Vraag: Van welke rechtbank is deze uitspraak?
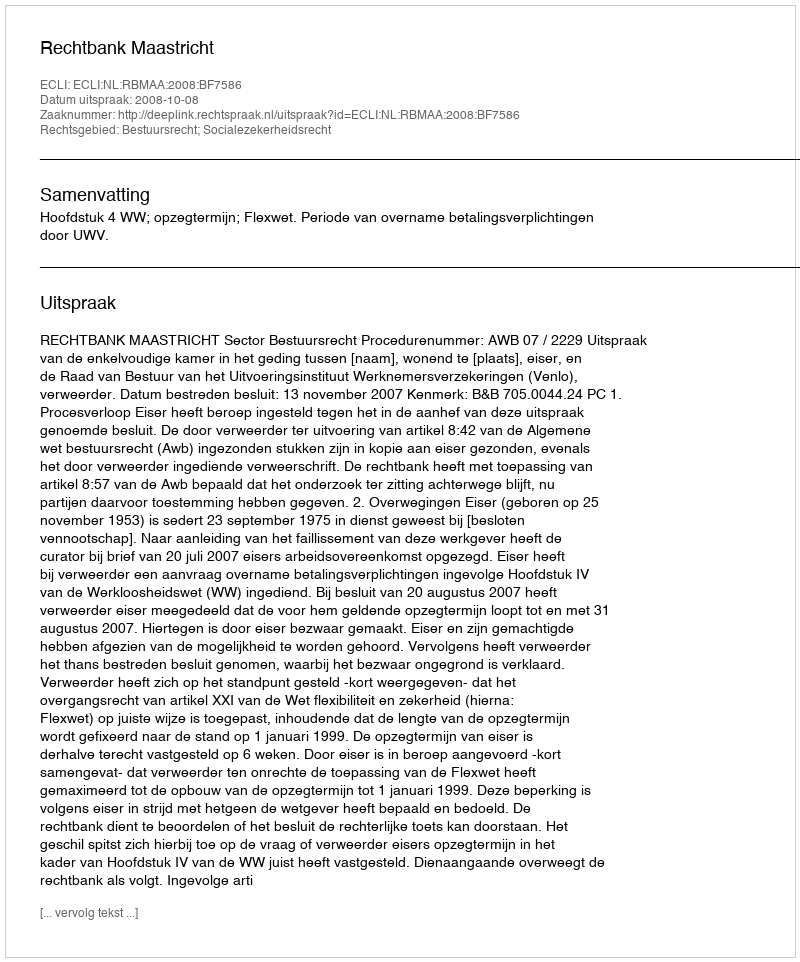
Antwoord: Rechtbank Maastricht